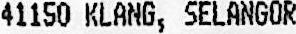
41150 KLANG, SELANGOR